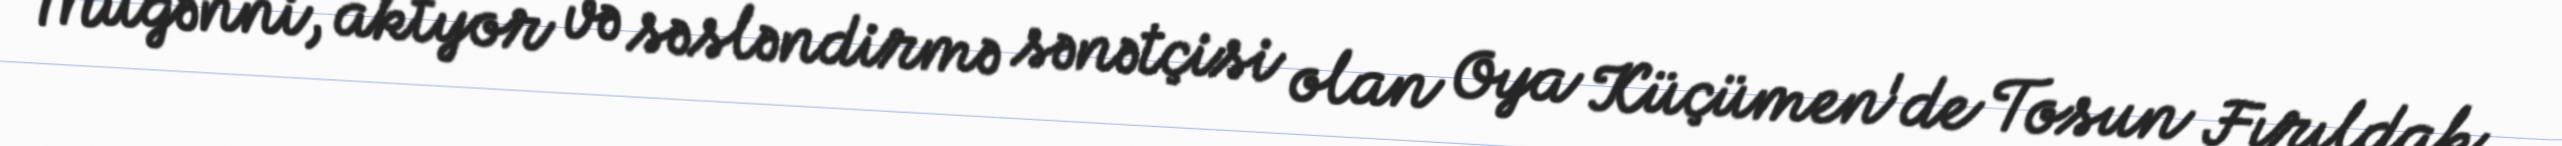
Müğənni, aktyor və səsləndirmə sənətçisi olan Oya Küçümen'de Tosun Fırıldak